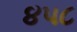
૪૫૮